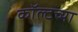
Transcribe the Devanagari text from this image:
कॉल्टच्या